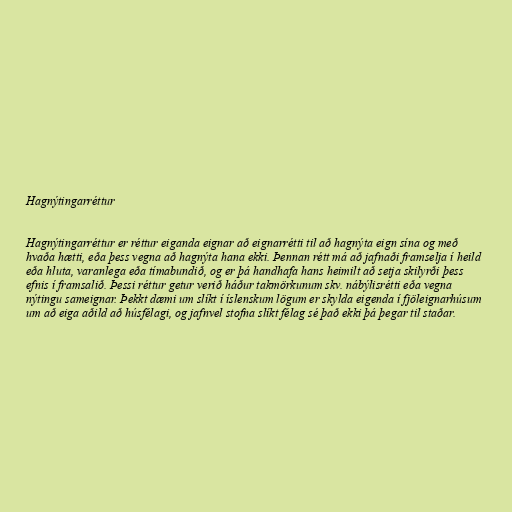
Hagnýtingarréttur

Hagnýtingarréttur er réttur eiganda eignar að eignarrétti til að hagnýta eign sína og með
hvaða hætti, eða þess vegna að hagnýta hana ekki. Þennan rétt má að jafnaði framselja í heild
eða hluta, varanlega eða tímabundið, og er þá handhafa hans heimilt að setja skilyrði þess
efnis í framsalið. Þessi réttur getur verið háður takmörkunum skv. nábýlisrétti eða vegna
nýtingu sameignar. Þekkt dæmi um slíkt í íslenskum lögum er skylda eigenda í fjöleignarhúsum
um að eiga aðild að húsfélagi, og jafnvel stofna slíkt félag sé það ekki þá þegar til staðar.